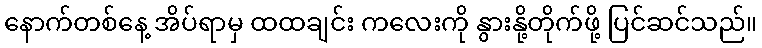
နောက်တစ်နေ့ အိပ်ရာမှ ထထချင်း ကလေးကို နွားနို့တိုက်ဖို့ ပြင်ဆင်သည်။